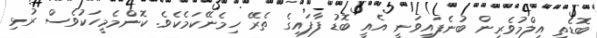
ބޮޑެތި އިލްމުވެރިން ބުނެފައިވަނީ އެއީ ބޮޑު ފާފައިގެ ތެރޭ ހިމެނޭކަމެކެވެ. ކޮންމެމީހަކުވެސް ރުޅި